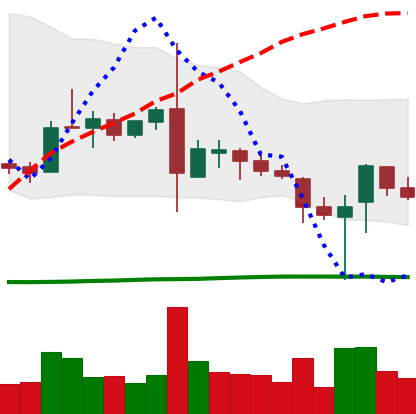
Ticker: TRX-USD
Chart end date: 2019-03-07
Forward return: -3.403%
Label: down_3_5